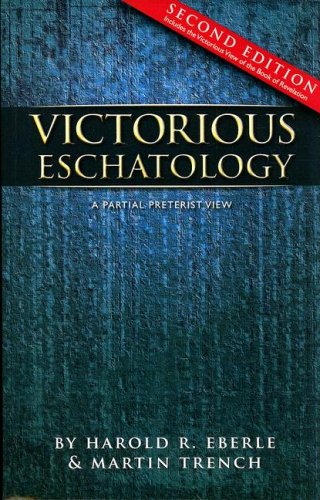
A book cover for Victorious Eschatology/Second Edition; Harold R. Eberle; Christian Books & Bibles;